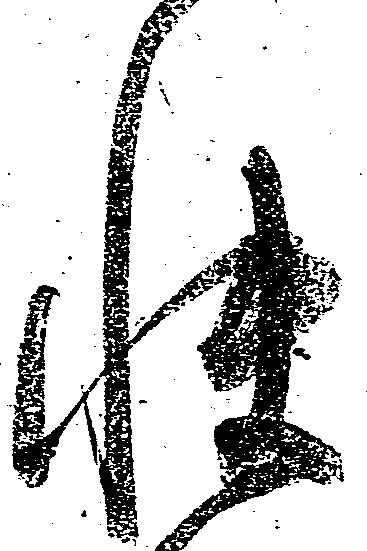
快